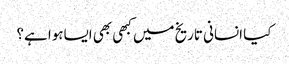
کیا انسانی تاریخ میں کبھی بھی ایساہوا ہے؟